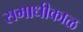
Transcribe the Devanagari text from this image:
समाधीकाळ